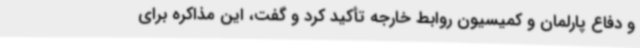
و دفاع پارلمان و کمیسیون روابط خارجه تأکید کرد و گفت، این مذاکره برای